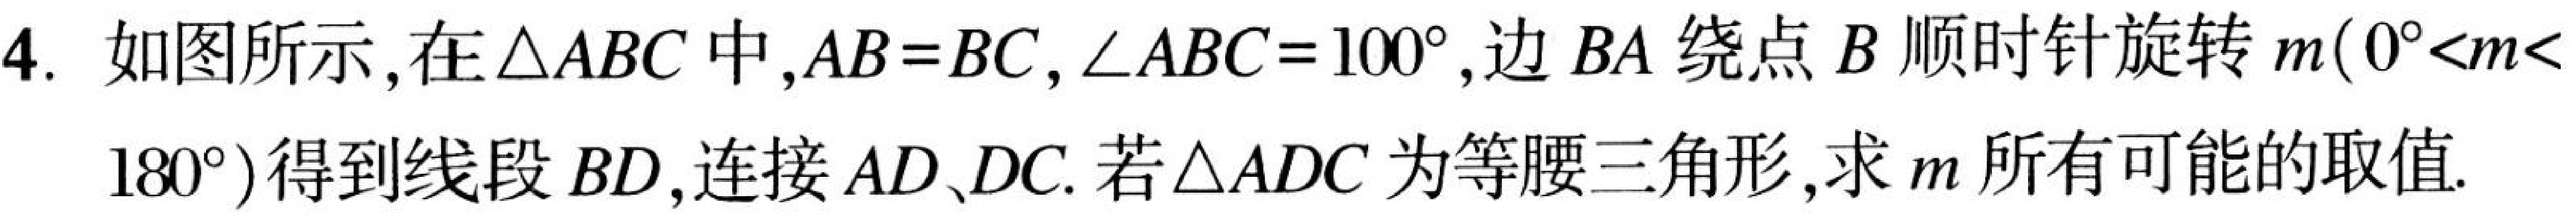
4. 如图所示,在\(\triangle ABC\)中,\(AB = BC\),\(\angle ABC = 100^{\circ}\),边\(BA\)绕点\(B\)顺时针旋转\(n(0^{\circ}<n< 180^{\circ})\)得到线段\(BD\),连接\(AD、DC\).若\(\triangle ADC\)为等腰三角形,求\(n\)所有可能的取值.